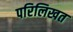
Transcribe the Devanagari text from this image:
परिलिखत